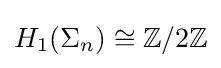
H_{1}(\Sigma _{n})\cong \mathbb {Z} /2\mathbb {Z}